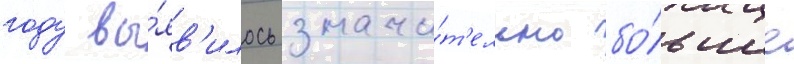
году вы́яв'илось значи́т'ельно бо́льшее